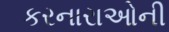
કરનારાઓની